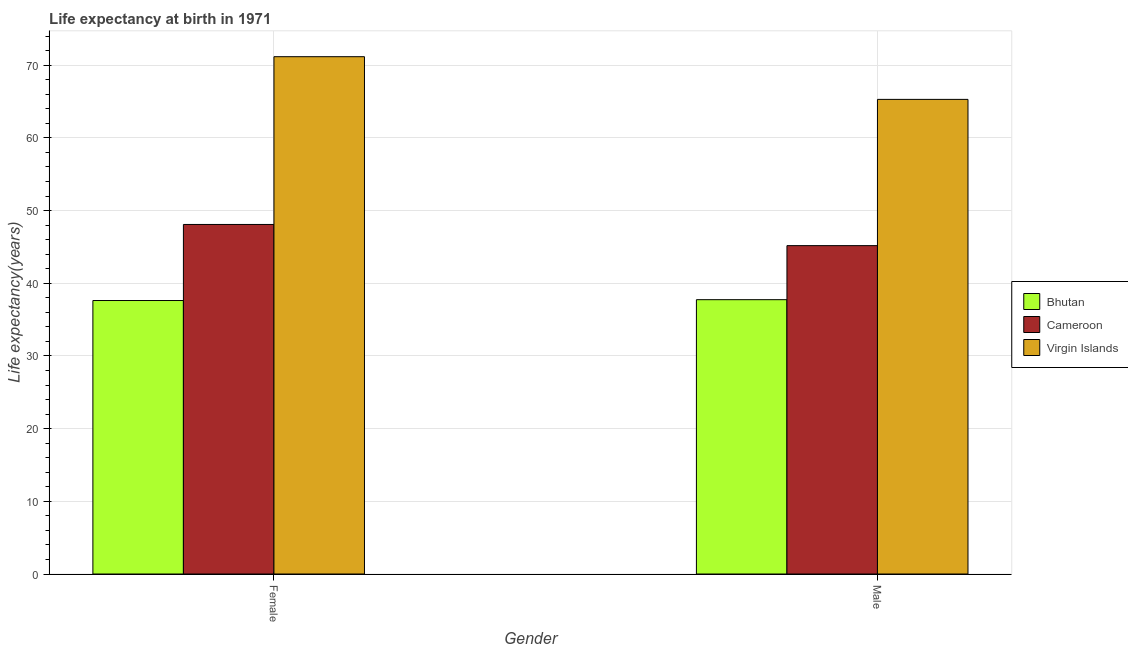
| Gender | Bhutan | Cameroon | Virgin Islands |
 | --- | --- | --- | --- |
 | Female | 37.6 | 48.1 | 71.2 |
 | Male | 37.7 | 45.2 | 65.3 |